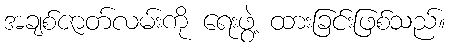
အချစ်ဇာတ်လမ်းကို ရေးဖွဲ့ ထားခြင်းဖြစ်သည်။